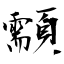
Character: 顬